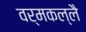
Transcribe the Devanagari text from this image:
वर्मकल्लै